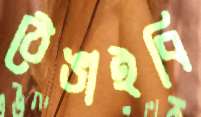
ঠেঙাইবি